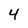
Character: 4